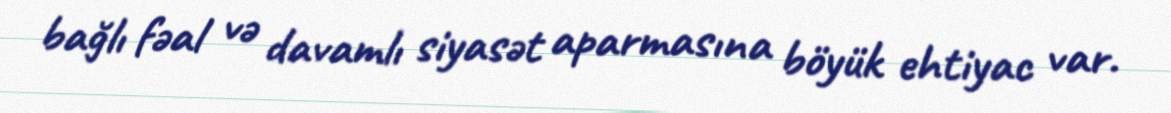
bağlı fəal və davamlı siyasət aparmasına böyük ehtiyac var.